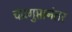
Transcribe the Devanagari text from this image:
चंद्रगुप्तानंतर